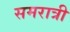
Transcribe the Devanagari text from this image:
समरात्री